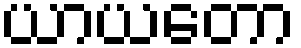
ယာယတော